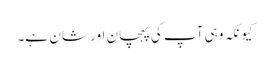
کیونکہ وہی آپ کی پہچان اور شان ہے۔